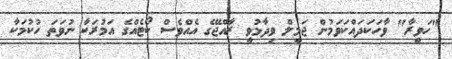
"ހަވީރާ" ވާހަކަދައްކަވަމުން ޖަމީލް ވިދާޅުވީ ރާއްޖޭގެ އެއްވެސް ކޯޓެއްގެ އަމުރަކާ ނުވަތަ ހުކުމަކާ